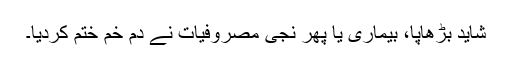
شاید بڑھاپا، بیماری یا پھر نجی مصروفیات نے دم خم ختم کردیا۔